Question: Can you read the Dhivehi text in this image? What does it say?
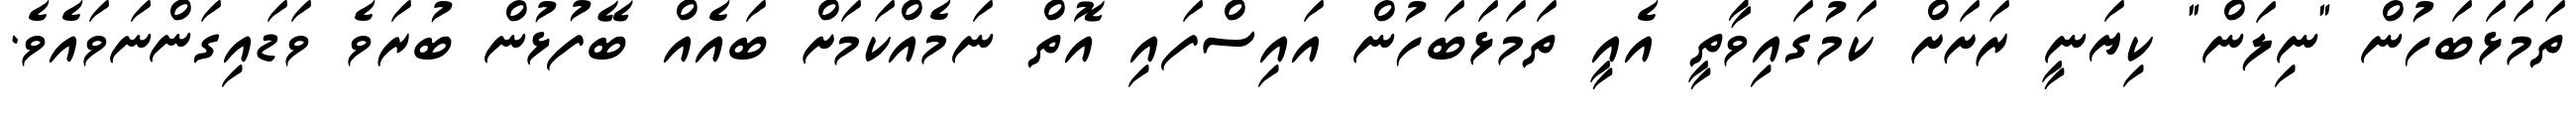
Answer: ތަމަޅަބަހުން "ނިލަން" ކިޔަނީ ރަށަށް ކަމުގައިވާތީ އެއީ ތަމަޅަބަހުން އައިސްފައި އޮތް ނަމެއްކަމަށް ބައެއް ބޭފުޅުން ބުރަވެ ވަޑައިގަންނަވައެވެ.